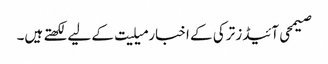
صیمحی آئیڈز ترکی کے اخبار میلیت کے لیے لکھتے ہیں۔